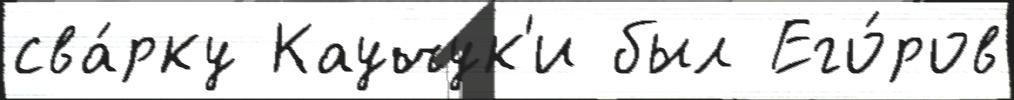
сва́рку Каучук'и был Его́ров